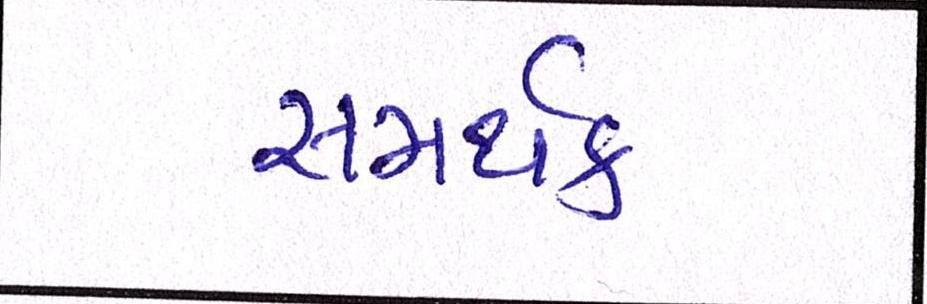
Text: સમર્થક